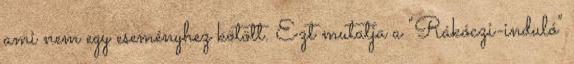
ami nem egy eseményhez kötött. Ezt mutatja a "Rákóczi-induló"